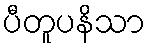
ပီတူပနိသာ